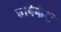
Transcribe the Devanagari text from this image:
ह्रषिकेश